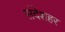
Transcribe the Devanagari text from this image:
संदेशहर